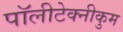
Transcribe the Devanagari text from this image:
पॉलीटेक्नीकुम